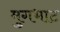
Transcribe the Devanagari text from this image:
मुगभाट